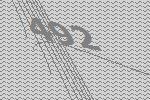
492